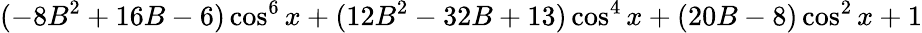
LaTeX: (-8B^{2}+16B-6)\cos^{6}x+(12B^{2}-32B+13)\cos^{4}x+(20B-8)\cos^{2}x+1